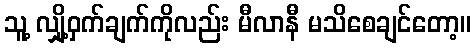
သူ့ လျှို့ဝှက်ချက်ကိုလည်း မီလာနီ မသိစေချင်တော့။